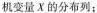
机变量X的分布列：